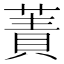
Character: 蔶